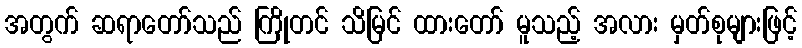
အတွက် ဆရာတော်သည် ကြိုတင် သိမြင် ထားတော် မူသည့် အလား မှတ်စုများဖြင့်